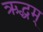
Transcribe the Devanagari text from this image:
ऋद्धम्